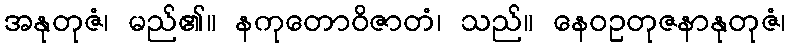
အနုတုဇံ၊ မည်၏။ နကုတောဝိဇာတံ၊ သည်။ နေဝဥတုဇနာနုတုဇံ၊